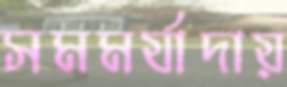
সমমর্যাদায়